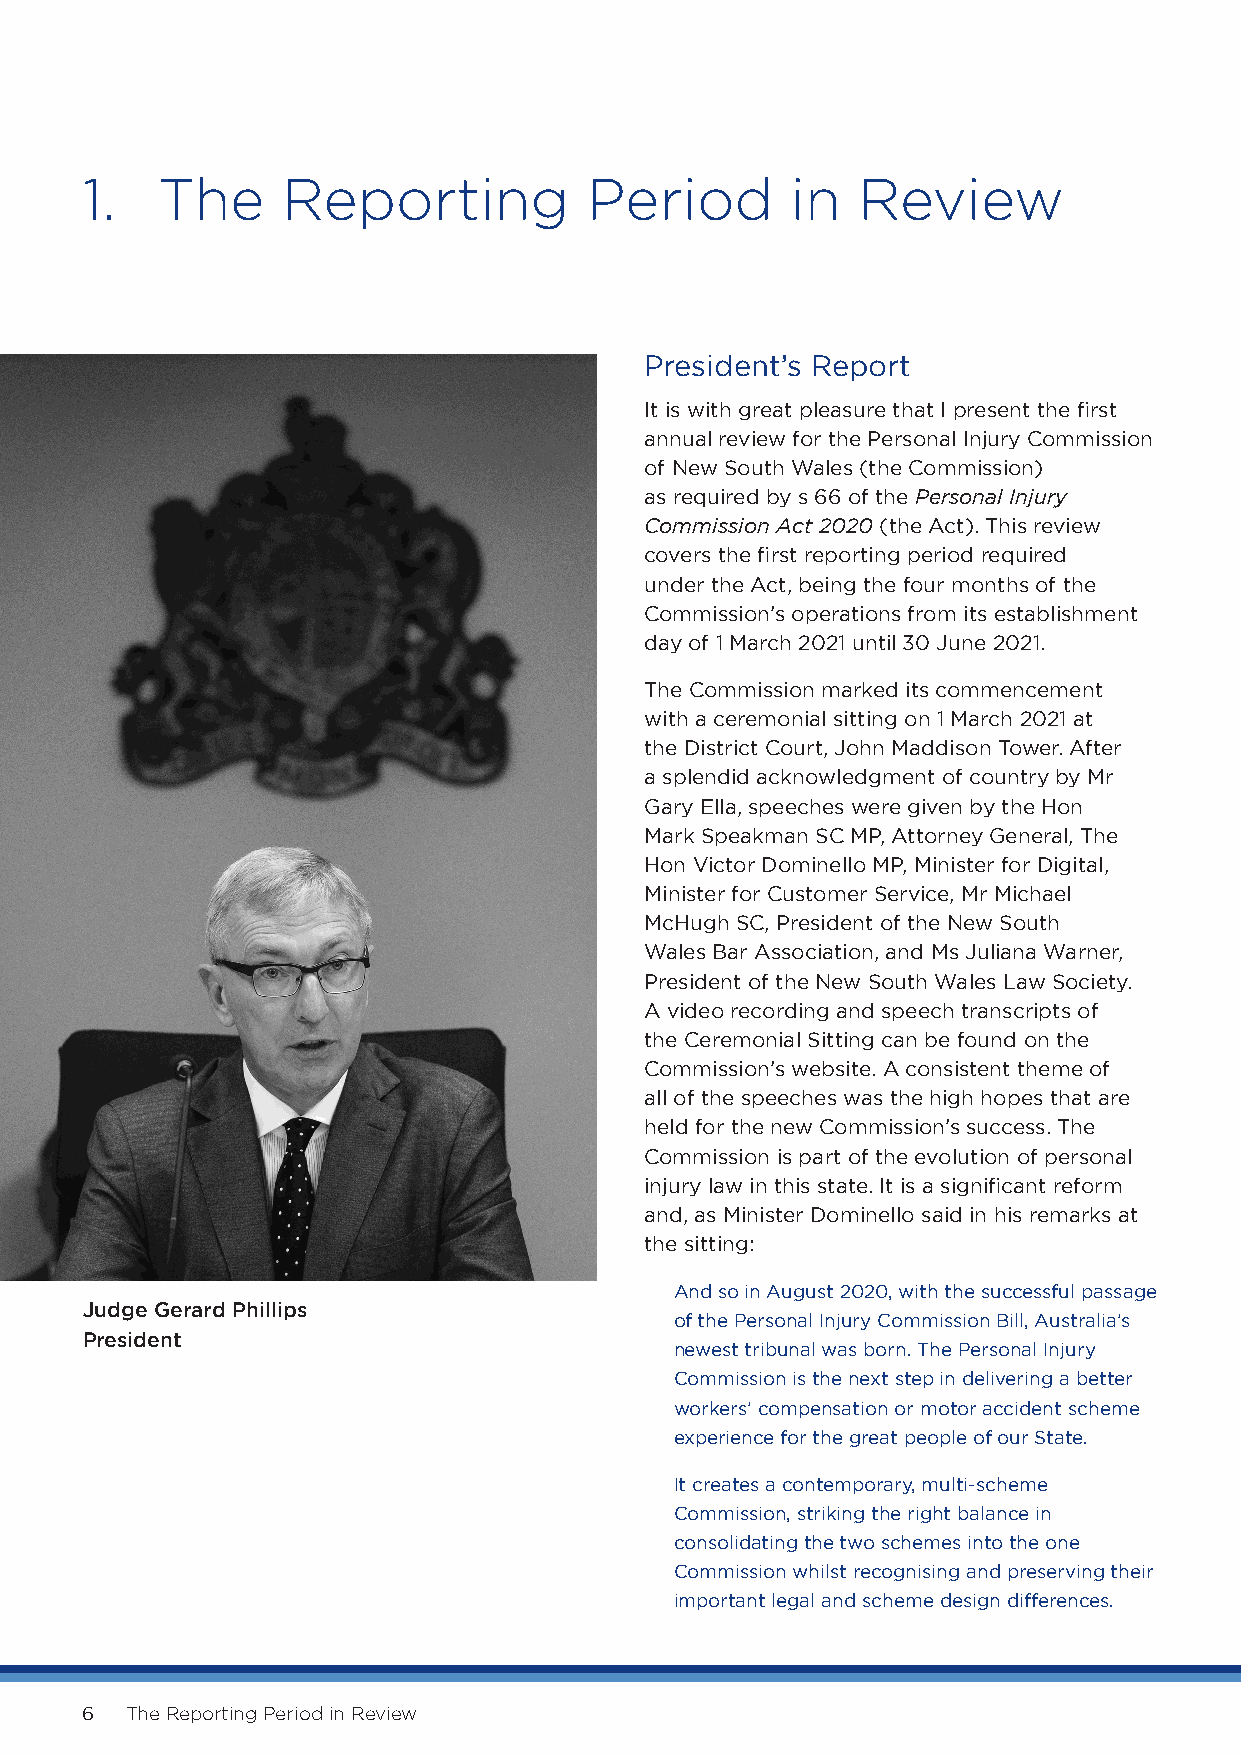
1.   The      Reporting           Period       in   Review
 President’s Report
 It is with great pleasure that I present the first
 annual review for the Personal Injury Commission
 of New South Wales (the Commission)
 as required by s 66 of the Personal Injury
 Commission Act 2020 (the Act). This review
 covers the first reporting period required
 under the Act, being the four months of the
 Commission’s operations from its establishment
 day of 1 March 2021 until 30 June 2021.
 The Commission marked its commencement
 with a ceremonial sitting on 1 March 2021 at
 the District Court, John Maddison Tower. After
 a splendid acknowledgment of country by Mr
 Gary Ella, speeches were given by the Hon
 Mark Speakman SC MP, Attorney General, The
 Hon Victor Dominello MP, Minister for Digital,
 Minister for Customer Service, Mr Michael
 McHugh SC, President of the New South
 Wales Bar Association, and Ms Juliana Warner,
 President of the New South Wales Law Society.
 A video recording and speech transcripts of
 the Ceremonial Sitting can be found on the
 Commission’s website. A consistent theme of
 all of the speeches was the high hopes that are
 held for the new Commission’s success. The
 Commission is part of the evolution of personal
 injury law in this state. It is a significant reform
 and, as Minister Dominello said in his remarks at
 the sitting:
 And so in August 2020, with the successful passage
 Judge Gerard Phillips
 of the Personal Injury Commission Bill, Australia’s
 President
 newest tribunal was born. The Personal Injury
 Commission is the next step in delivering a better
 workers’ compensation or motor accident scheme
 experience for the great people of our State.
 It creates a contemporary, multi-scheme
 Commission, striking the right balance in
 consolidating the two schemes into the one
 Commission whilst recognising and preserving their
 important legal and scheme design differences.
 6  The Reporting Period in Review